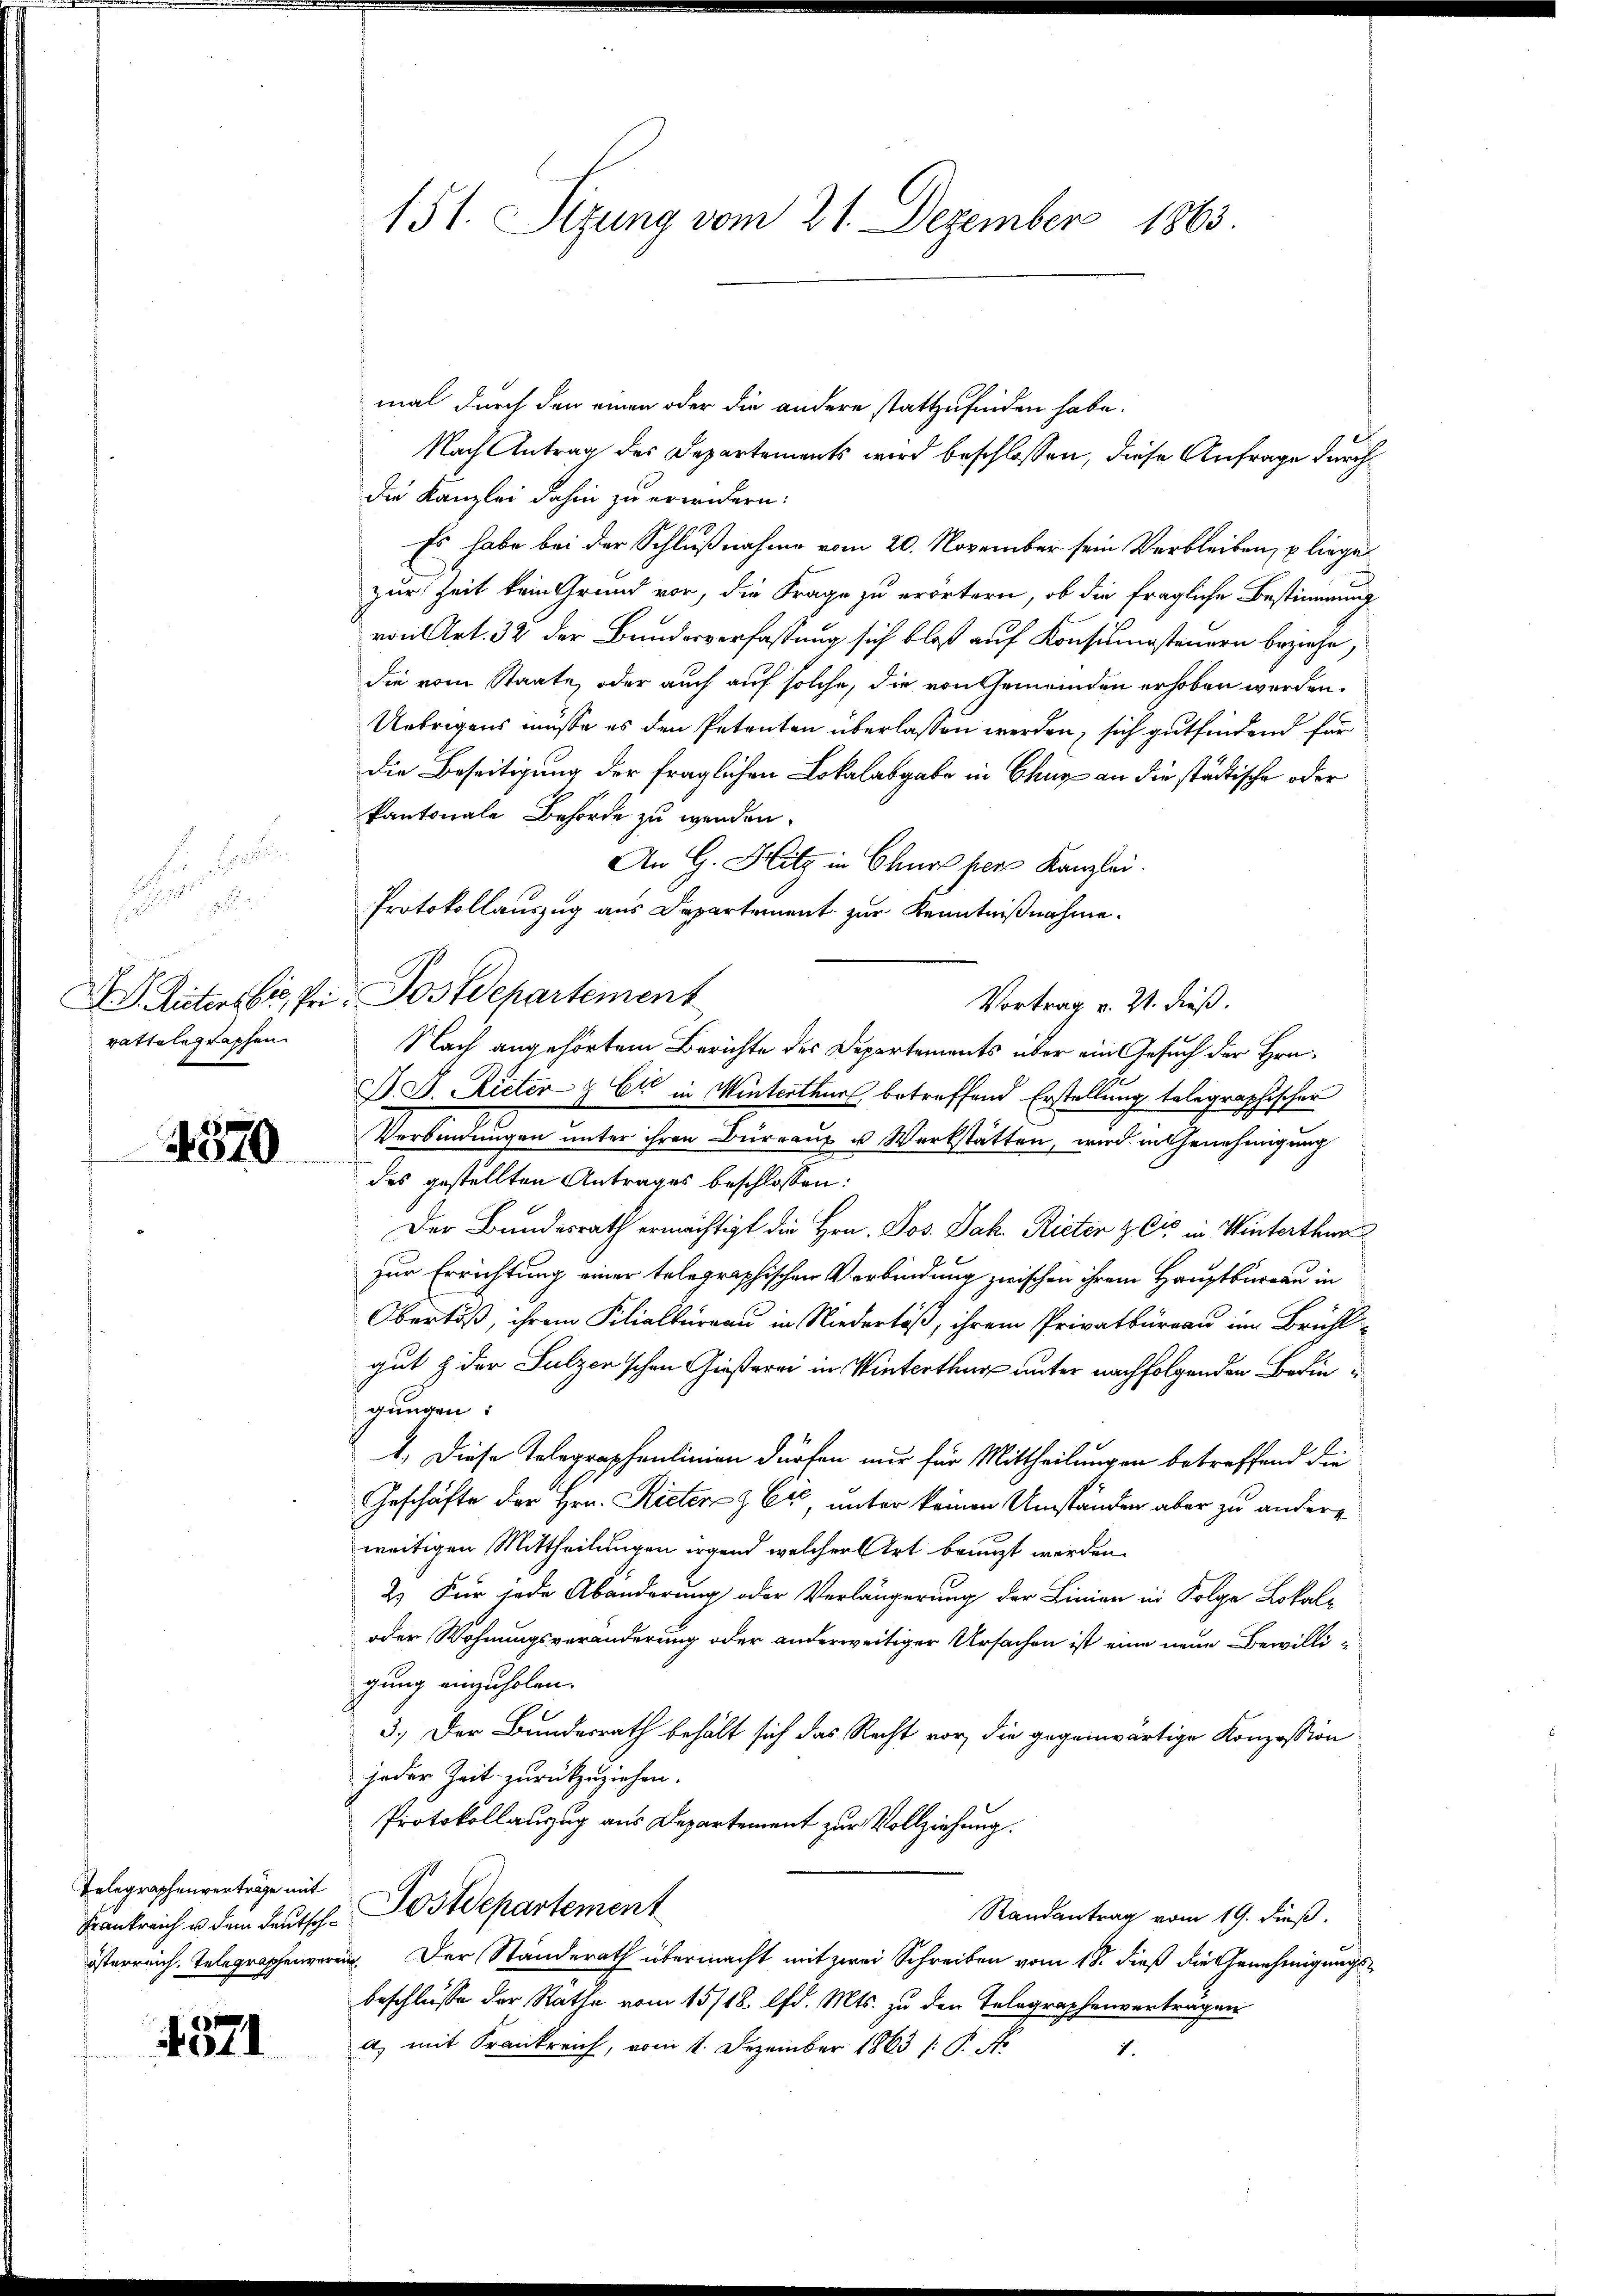
a
F

vattelegraphen

4570

Telegraphenverträge mit

4571

151. Sitzung vom 21. Dezember 1863.

mal durch den einen oder die andere stattzufinden habe.
Nach Antrag des Departements wird beschlossen, diese Anfrage durch
die Kanzlei dahin zu erwidern:
Es habe bei der Schlußnahme vom 20. November sein Verbleiben, liege
zur Zeit kein Grund vor, die Frage zu erörtern, ob die fragliche Bestimmung
von Art. 32 der Bundesverfassung sich bloß auf Konsumsteuern beziehe,
die vom Staate, oder auch auf solche, die von Gemeinden erhoben werden.
Uebrigens müsse es den Petenten überlassen werden, sich gutfindend für
die Beseitigung der fraglichen Lokalabgabe in Chur an die städtische oder
kantonale Behörde zu werden.
An G. Hitz in Chur hier Kanzlei.
Protokollauszug aus Departement zur Kenntnißnahme.
M. D. Rieters bis, Pri, Postdepartement
Vortrag v. 21. dieß.
Nach angehörtem Berichte des Departements über ein Gesuch der Hrn.
F. J. Rieter & Cie in Winterthur betreffend Erstellung telegraphischer
.
Verbindungen unter ihren Büreaux u Werkstätten, wird in Genehmigung
des gestellten Antrages beschlossen:
Der Bundesrath ermächtigt die Hrn. Jos. Jak. Rieten & Cis in Winterthur
zur Errichtung einer telegraphischen Verbindung zwischen ihrem Hauptbureau in
Obertöß, ihrem Kilialbureau in Niedertöß, ihrem Privatbüreau im Brücht
gut & der Sulzer'schen Geisterei in Winterthur unter nachfolgenden Bedingungen:
1. Diese Telegraphenlinien dürfen nur für Mittheilungen betreffend die
Geschäfte der Hrn. Rieten & Er, unter keinen Umständen aber zu andere
weitigen Mittheilungen irgend welcher Art benuzt werden.
2.) Für jede Abänderung oder Verlängerung der Linien in Folge Lokal¬
oder Wohnungsveränderung oder anderweitiger Ursachen ist eine neue Bewilligung einzuholen.
3.) Der Bundesrath behält sich das Recht vor, die gegenwärtige Konzession
jeder Zeit zurückzuziehen.
Protokollauszug aus Departement zur Vollziehung.
Randantrag vom 19. dieß.
Frankreich u. dem deutsch-Postdepartement
österreich, Telegraphenverein. Der Standerath übermacht mit zwei Schreiben vom 18. dieß die Genehmigungsbeschlüsse der Rathe vom 15/18. lfd. Mts. zu den Telegraphenverträgen
d) mit Frankreich, vom 1. Dezember 1863 /: P. Nr
1.